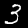
Label: 3